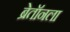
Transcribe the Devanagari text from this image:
ब्रेतॉनला